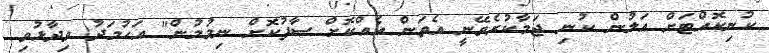
ކުނިކޮއްޓަށް އަލުން ކުނި ޖަމާކުރެވޭނީ އެތަން އެއްކޮށް ސާފުކޮށް ނިމުމުން" އަހުމަދު ވިދާޅުވި